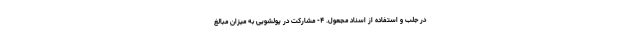
در جلب و استفاده از اسناد مجعول. ۴- مشارکت در پولشویی به میزان مبالغ